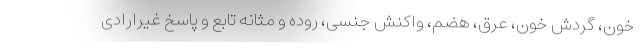
خون، گردش خون، عرق، هضم، واکنش جنسی، روده و مثانه تابع و پاسخ غیرارادی